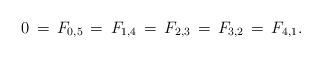
LaTeX: \begin{align*}0\,=\,F_{0,5}\,=\,F_{1,4}\,=\,F_{2,3}\,=\,F_{3,2}\,=\,F_{4,1}.\end{align*}